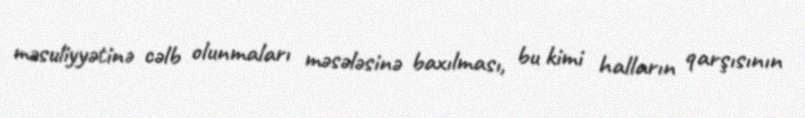
məsuliyyətinə cəlb olunmaları məsələsinə baxılması, bu kimi halların qarşısının